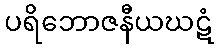
ပရိဘောဇနီယဃဋံ